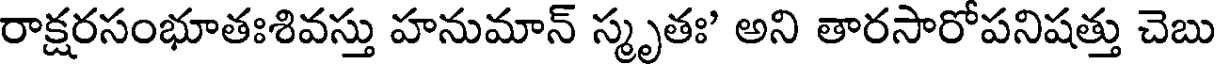
రాక్షరసంభూతఃశివస్తు హనుమాన్ స్మృతః అని తారసారోపనిషత్తు చెబు